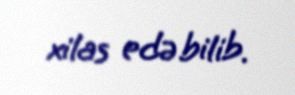
xilas edə bilib.